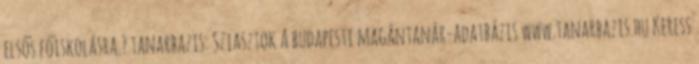
elsős főiskolásra.? tanarbazis: Sziasztok A budapesti magántanár-adatbázis www.tanarbazis.hu Keress